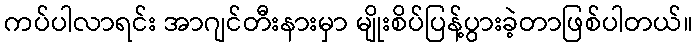
ကပ်ပါလာရင်း အာဂျင်တီးနားမှာ မျိုးစိပ်ပြန့်ပွားခဲ့တာဖြစ်ပါတယ်။